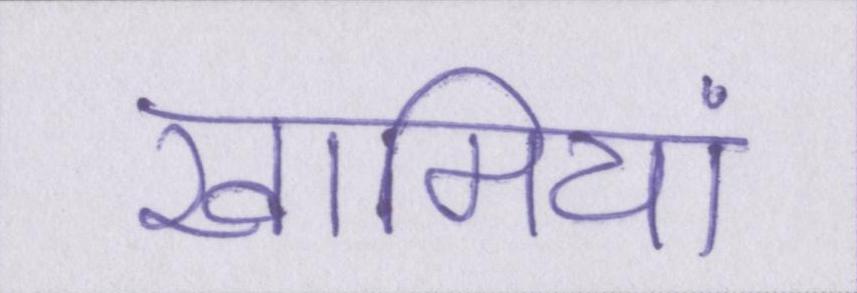
खामियां